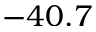
- 4 0 . 7